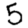
Digit: 5